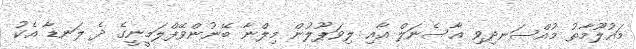
މައުލޫމާތު މުއްސަނދިވި އާސެނަލް އާއި ލިވަޕޫލުން މިލްނާ ބޭނުންވޭފްލަމީނީގެ ދެ ލަނޑާ އެކު